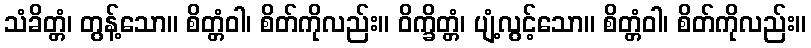
သံခိတ္တံ၊ တွန့်သော။ စိတ္တံဝါ၊ စိတ်ကိုလည်း။ ဝိက္ခိတ္တံ၊ ပျံ့လွင့်သော။ စိတ္တံဝါ၊ စိတ်ကိုလည်း။